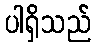
ပါရှိသည်